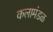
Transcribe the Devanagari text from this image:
कलामंडळ